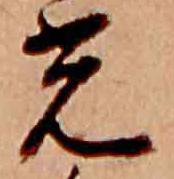
光